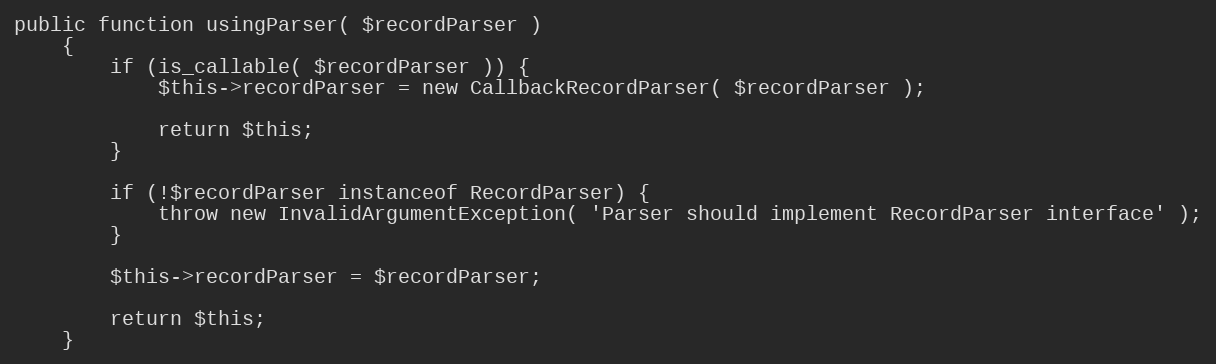
Language: PHP
public function usingParser( $recordParser )
    {
        if (is_callable( $recordParser )) {
            $this->recordParser = new CallbackRecordParser( $recordParser );

            return $this;
        }

        if (!$recordParser instanceof RecordParser) {
            throw new InvalidArgumentException( 'Parser should implement RecordParser interface' );
        }

        $this->recordParser = $recordParser;

        return $this;
    }